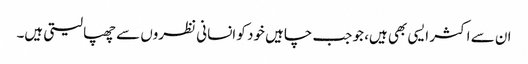
ان سے اکثر ایسی بھی ہیں، جو جب چاہیں خود کو انسانی نظروں سے چھپا لیتی ہیں۔